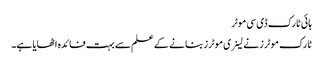
ہائی ٹارک ڈی سی موٹر
ٹارک موٹرز نے لینری موٹرز بنانے کے علم سے بہت فائدہ اٹھایا ہے۔